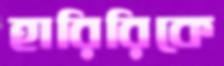
হারিরিকে